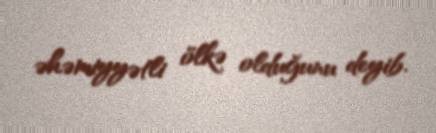
əhəmiyyətli ölkə olduğunu deyib.